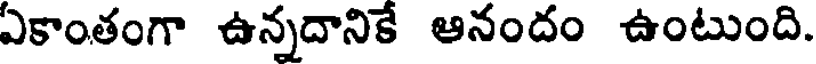
ఏకాంతంగా ఉన్నదానికే ఆనందం ఉంటుంది.